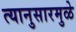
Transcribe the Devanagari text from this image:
त्यानुसारमुळे